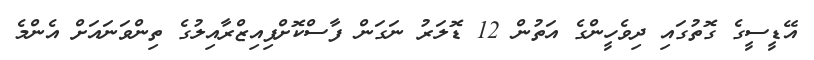
އޭޑީސީގެ ގޮތުގައި ދިވެހީންގެ އަތުން 12 ޑޮލަރު ނަގަން ފާސްކޮށްފިއިޒްރާއިލުގެ ތިންވަނައަށް އެންމެ